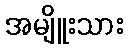
အမျိူးသား